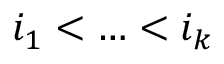
i _ { 1 } < \ldots < i _ { k }